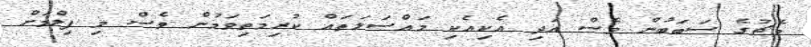
މެޗުގެ ސަބަބުން ވެސް އަދި އެކިއެކި މައްސަލަތައް ކުރިމަތިވަމުން ވެސް މި ފިލްމަށް